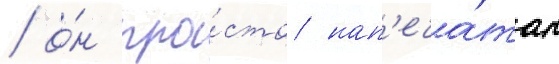
/ о́н про́сто нап'еча́тал